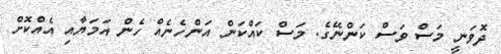
ދޮވަނީ މަސް ވަސް ކަންނޭގެ. މަސް ކައްކަން އަންހެނެއް ހެން އަމަޔާއި އެއްކޮށް